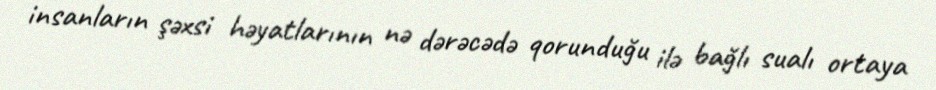
insanların şəxsi həyatlarının nə dərəcədə qorunduğu ilə bağlı sualı ortaya